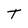
Character: T